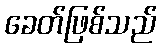
ခေတ်ဖြစ်သည်